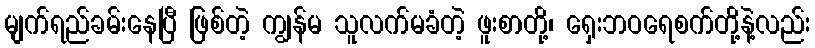
မျက်ရည်ခမ်းနေပြီ ဖြစ်တဲ့ ကျွန်မ သူလက်မခံတဲ့ ဖူးစာတို့၊ ရှေးဘဝရေစက်တို့နဲ့လည်း